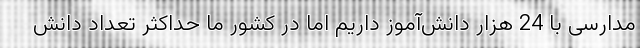
مدارسی با 24 هزار دانش‌آموز داریم اما در کشور ما حداکثر تعداد دانش